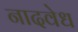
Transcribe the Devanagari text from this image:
नादवेध